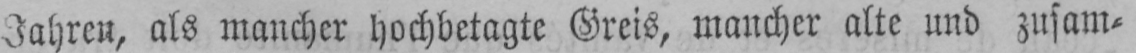
Jahren, als mancher hochbetagte Greis, mancher alte und zusam⸗